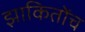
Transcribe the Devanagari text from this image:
झाकितोंच